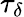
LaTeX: \tau_{\delta}